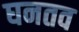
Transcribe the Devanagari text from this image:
घनतव